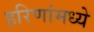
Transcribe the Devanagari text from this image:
हरिणांमध्ये